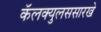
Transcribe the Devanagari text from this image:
कॅलक्युलससारखे